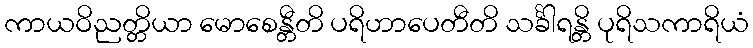
ကာယဝိညတ္တိယာ မောစေန္တီတိ ပရိဟာပေတီတိ သင်္ခါရန္တိ ပုရိသကာရိယံ